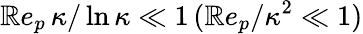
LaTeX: \mathbb{R}e_{p}\, \kappa/\ln\kappa\ll1\, (\mathbb{R}e_{p}/\kappa^{2}\ll1)